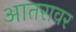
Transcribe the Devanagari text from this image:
आतरावर